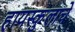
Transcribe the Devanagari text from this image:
हायस्कुलाचे